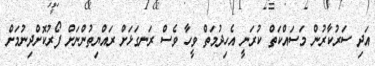
އަދި ސަރުކާރުން މަސައްކަތް ކުރަނީ އެހިދުމަތް ވީހާ ވެސް ރަނގަޅަށް ރައްޔިތުންނަށް ފޯރުކޮށްދިނުމަށް